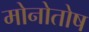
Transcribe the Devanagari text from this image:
मोनोतोष